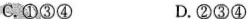
C.①③④ D.②③④